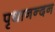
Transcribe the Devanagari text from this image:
पृथानन्दन